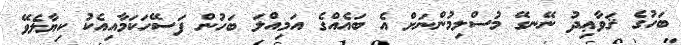
ބަހުގެ ޤަވާޢިދު ނޭނގޭ މުސްލިމުންނަށް އެ ބައެއްގެ އަމިއްލަ ބަހުން ފަސޭހަކަމާއިއެކު ކިޔާލެވޭ